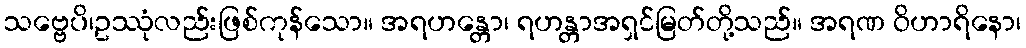
သဗ္ဗေပိ၊ဥဿုံလည်းဖြစ်ကုန်သော။ အရဟန္တော၊ ရဟန္တာအရှင်မြတ်တို့သည်။ အရဏ ဝိဟာရိနော၊